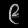
Digit: ၉